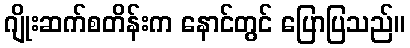
ဂျိုးဆက်စတိန်းက နောင်တွင် ပြောပြသည်။